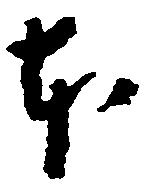
本